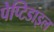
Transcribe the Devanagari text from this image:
पेप्टिडाइल